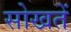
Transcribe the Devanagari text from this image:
सोखतें